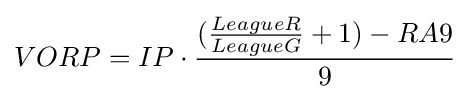
VORP=IP\cdot {({LeagueR \over LeagueG}+1)-RA9 \over 9}